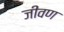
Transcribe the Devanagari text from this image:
जीवण